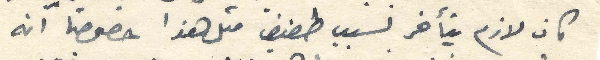
كان لازم يتأخر لسبب طفيف متل هذا خصوصاً انه